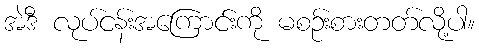
အဲဒီ လုပ်ငန်းအကြောင်းကို မစဉ်းစားတတ်လို့ပါ။